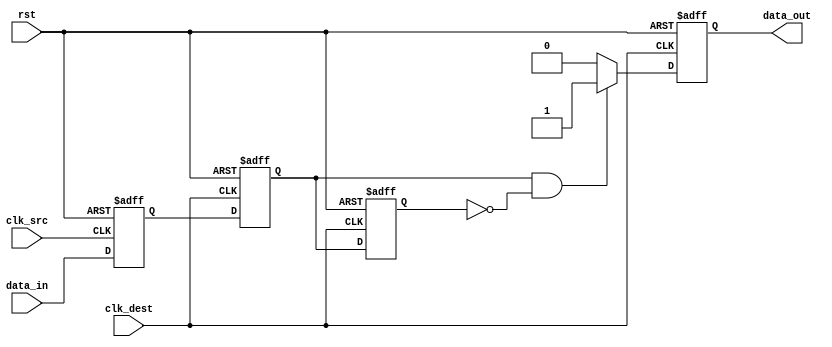
module PulsedSynchronizer (
    input wire clk_src,        // Source clock domain
    input wire clk_dest,       // Destination clock domain
    input wire rst,            // Asynchronous reset
    input wire data_in,        // Input signal from the source clock domain
    output reg data_out        // Synchronized pulse output in the destination clock domain
);

    // Intermediate signals for synchronization
    reg sync_ff1;              // First flip-flop output
    reg sync_ff2;              // Second flip-flop output

    // Flip-Flop to synchronize data_in on the clk_src clock
    always @(posedge clk_src or posedge rst) begin
        if (rst) begin
            sync_ff1 <= 1'b0;
        end else begin
            sync_ff1 <= data_in;
        end
    end

    // Flip-Flop to synchronize the output of sync_ff1 on clk_dest clock
    always @(posedge clk_dest or posedge rst) begin
        if (rst) begin
            sync_ff2 <= 1'b0;
        end else begin
            sync_ff2 <= sync_ff1;
        end
    end

    // Pulse Generation Logic
    reg sync_ff2_prev; // Previous state of sync_ff2

    always @(posedge clk_dest or posedge rst) begin
        if (rst) begin
            sync_ff2_prev <= 1'b0;
            data_out <= 1'b0;
        end else begin
            // Generate pulse on the rising edge of sync_ff2
            if (sync_ff2 && !sync_ff2_prev) begin
                data_out <= 1'b1; // Generate pulse
            end else begin
                data_out <= 1'b0; // Hold low
            end
            sync_ff2_prev <= sync_ff2; // Store current state for next clock cycle
        end
    end

endmodule